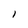
Character: l